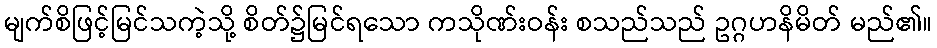
မျက်စိဖြင့်မြင်သကဲ့သို့ စိတ်၌မြင်ရသော ကသိုဏ်းဝန်း စသည်သည် ဥဂ္ဂဟနိမိတ် မည်၏။